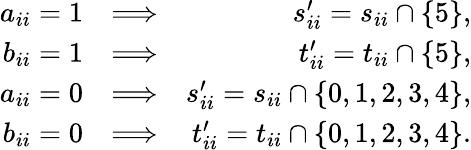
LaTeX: \begin{array}{rlr}{a_{ii}=1}&{\Longrightarrow}&{s_{ii}^{\prime}=s_{ii}\cap\{ 5\} ,}\\ {b_{ii}=1}&{\Longrightarrow}&{t_{ii}^{\prime}=t_{ii}\cap\{ 5\} ,}\\ {a_{ii}=0}&{\Longrightarrow}&{s_{ii}^{\prime}=s_{ii}\cap\{ 0,1,2,3,4\} ,}\\ {b_{ii}=0}&{\Longrightarrow}&{t_{ii}^{\prime}=t_{ii}\cap\{ 0,1,2,3,4\} .}\end{array}